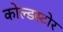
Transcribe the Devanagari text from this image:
कोल्डस्टोर